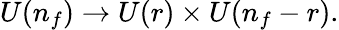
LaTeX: U(n_{f})\rightarrow U(r)\times U(n_{f}-r).